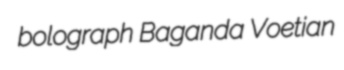
bolograph Baganda Voetian